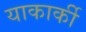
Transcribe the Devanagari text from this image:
याकार्की